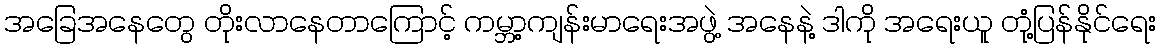
အခြေအနေတွေ တိုးလာနေတာကြောင့် ကမ္ဘာ့ကျန်းမာရေးအဖွဲ့ အနေနဲ့ ဒါကို အရေးယူ တုံ့ပြန်နိုင်ရေး